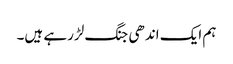
ہم ایک اندھی جنگ لڑرہے ہیں۔